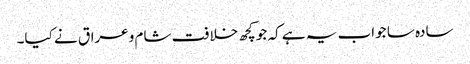
سادہ سا جواب یہ ہے کہ جو کچھ خلافت شام وعراق نے کیا۔